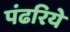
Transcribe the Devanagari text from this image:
पंढरिये